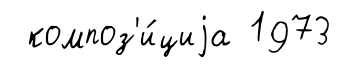
композ'и́циjа 1973